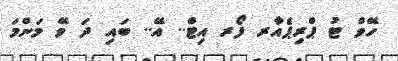
ހޭވް ޓު ޕްރިޕެއާރ ފޯރ އިޓް.. އޭ.. ބައި ދަ ވޭ މަންމަ